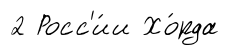
2 Росс'и́и Хо́рда